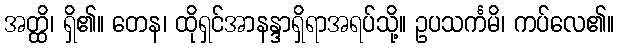
အတ္ထိ၊ ရှိ၏။ တေန၊ ထိုရှင်အာနန္ဒာရှိရာအရပ်သို့။ ဥပသင်္ကမိ၊ ကပ်လေ၏။